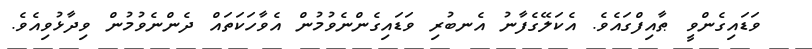
ވަޑައިގެންވީ ޠާއިފްގައެވެ. އެކަލޭގެފާނު އެނބުރި ވަޑައިގެންނެވުމުން އެވާހަކަތައް ދެންނެވުމުން ވިދާޅުވިއެވެ.